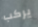
يركب